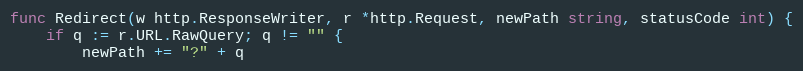
Language: Go
func Redirect(w http.ResponseWriter, r *http.Request, newPath string, statusCode int) {
	if q := r.URL.RawQuery; q != "" {
		newPath += "?" + q